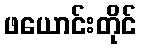
ဖယောင်းတိုင်